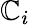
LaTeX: \mathbb{C}_{i}